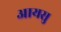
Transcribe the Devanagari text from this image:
आयसु